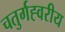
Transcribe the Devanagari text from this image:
चतुर्गह्वरीय